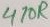
Text: 470R